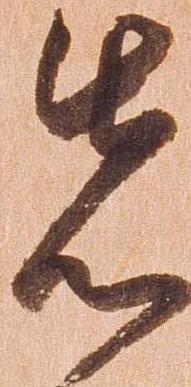
先